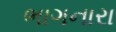
ભાગનારા